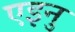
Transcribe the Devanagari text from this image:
एइनु